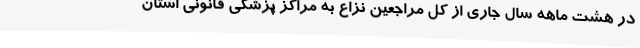
در هشت ماهه سال جاری از کل مراجعین نزاع به مراکز پزشکی قانونی استان